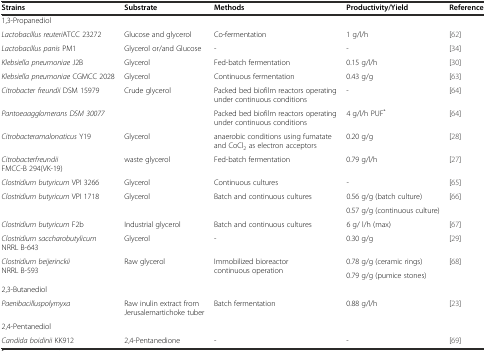
| Strains | Substrate | Methods | Productivity/Yield | Reference |
 | --- | --- | --- | --- | --- |
 | 1,3-Propanediol |  |  |  |  |
 | Lactobacillus reuteriATCC 23272 | Glucose and glycerol | Co-fermentation | 1 g/l/h | [62] |
 | Lactobacillus panis PM1 | Glycerol or/and Glucose | - | - | [34] |
 | Klebsiella pneumoniae J2B | Glycerol | Fed-batch fermentation | 0.15 g/l/h | [30] |
 | Klebsiella pneumoniae CGMCC 2028 | Glycerol | Continuous fermentation | 0.43 g/g | [63] |
 | Citrobacter freundii DSM 15979 | Crude glycerol | Packed bed biofilm reactors operating under continuous conditions | - | [64] |
 | Pantoeaagglomerans DSM 30077 |  | Packed bed biofilm reactors operating under continuous conditions | 4 g/l/h PUF* | [64] |
 | Citrobacteramalonaticus Y19 | Glycerol | anaerobic conditions using fumatate and CoCl2 as electron acceptors | 0.20 g/g | [28] |
 | Citrobacterfreundii FMCC-B 294(VK-19) | waste glycerol | Fed-batch fermentation | 0.79 g/l/h | [27] |
 | Clostridium butyricum VPI 3266 | Glycerol | Continuous cultures | - | [65] |
 | <ROWSPAN=2> Clostridium butyricum VPI 1718 | <ROWSPAN=2> Glycerol | <ROWSPAN=2> Batch and continuous cultures | 0.56 g/g (batch culture) | <ROWSPAN=2> [66] |
 | 0.57 g/g (continuous culture) |
 | Clostridium butyricum F2b | Industrial glycerol | Batch and continuous cultures | 6 g/ l/h (max) | [67] |
 | Clostridium saccharobutylicum NRRL B-643 | Glycerol | - | 0.30 g/g | [29] |
 | <ROWSPAN=2> Clostridium beijerinckii NRRL B-593 | <ROWSPAN=2> Raw glycerol | <ROWSPAN=2> Immobilized bioreactor continuous operation | 0.78 g/g (ceramic rings) | <ROWSPAN=2> [68] |
 | 0.79 g/g (pumice stones) |
 | 2,3-Butanediol |  |  |  |  |
 | Paenibacilluspolymyxa | Raw inulin extract from Jerusalemartichoke tuber | Batch fermentation | 0.88 g/l/h | [23] |
 | 2,4-Pentanediol |  |  |  |  |
 | Candida boidinii KK912 | 2,4-Pentanedione | - | - | [69] |